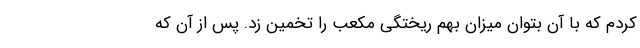
کردم که با آن بتوان میزان بهم ریختگی مکعب را تخمین زد. پس از آن که